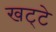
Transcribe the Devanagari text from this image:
खट्‌टे